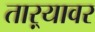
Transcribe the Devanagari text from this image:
ताऱ्यावर